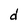
Character: d